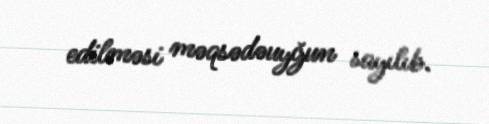
edilməsi məqsədəuyğun sayılıb.